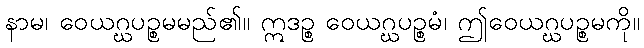
နာမ၊ ဝေယဂ္ဃပဉ္စမမည်၏။ ဣဒဉ္စ ဝေယဂ္ဃပဉ္စမံ၊ ဤဝေယဂ္ဃပဉ္စမကို။